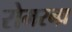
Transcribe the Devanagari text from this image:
रोमरन्ध्र